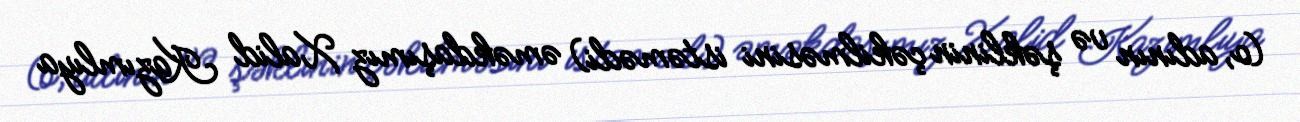
(o, adının və şəklinin çəkilməsini istəmədi) əməkdaşımız Xalid Kazımlıya